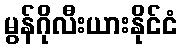
မွန်ဂိုလီးယားနိုင်ငံ